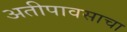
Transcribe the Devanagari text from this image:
अतीपावसाचा